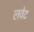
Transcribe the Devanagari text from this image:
लवेट